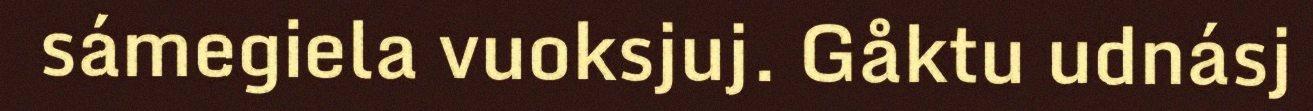
sámegiela vuoksjuj. Gåktu udnásj